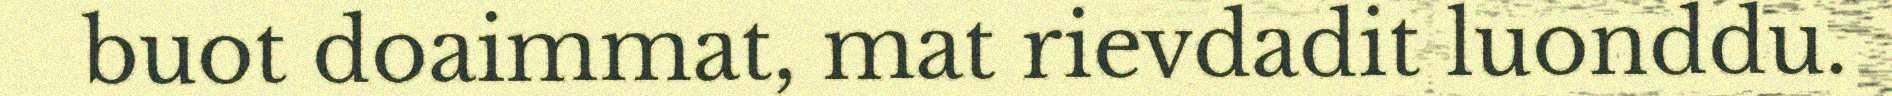
buot doaimmat, mat rievdadit luonddu.